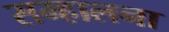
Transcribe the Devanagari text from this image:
सम्हालना